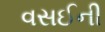
વસઈની